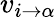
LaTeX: v_{i\to\alpha}